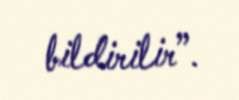
bildirilir”.